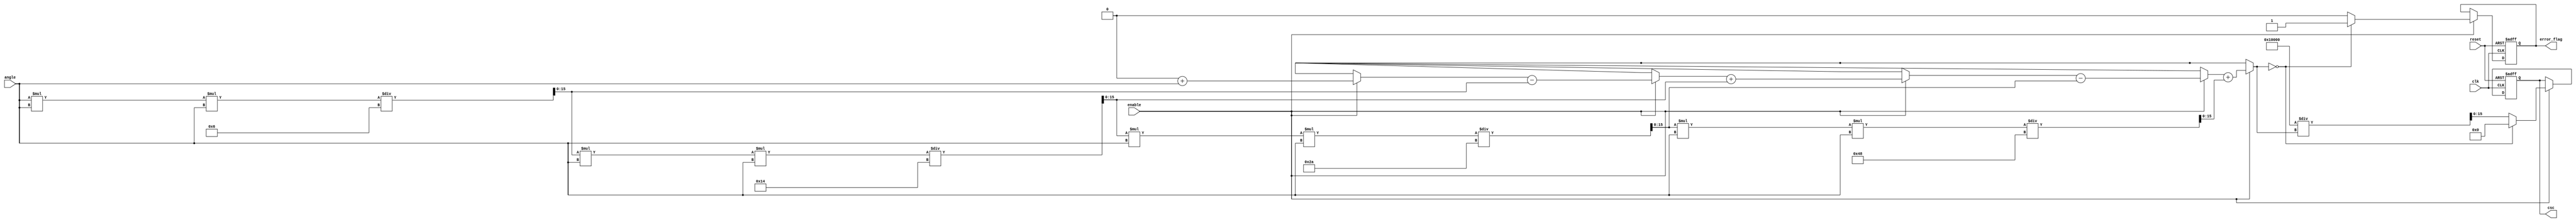
module csc_block #(
    parameter INPUT_WIDTH = 16,  // Width of input angle in fixed-point
    parameter OUTPUT_WIDTH = 16   // Width of output cosecant value
)(
    input wire clk,
    input wire reset,
    input wire enable,
    input wire signed [INPUT_WIDTH-1:0] angle,  // Input angle in radians
    output reg signed [OUTPUT_WIDTH-1:0] csc,    // Output cosecant value
    output reg error_flag                          // Error flag for division by zero
);

    // Internal signals
    reg signed [INPUT_WIDTH-1:0] sin_value;
    reg signed [OUTPUT_WIDTH-1:0] reciprocal;

    // Compute sine using Taylor series approximation
    function signed [INPUT_WIDTH-1:0] compute_sine;
        input signed [INPUT_WIDTH-1:0] x;
        reg signed [INPUT_WIDTH-1:0] term;
        reg signed [INPUT_WIDTH-1:0] sum;
        integer i;
        begin
            sum = 0;
            term = x; // First term is x
            for (i = 1; i <= 5; i = i + 1) begin // 5 terms for approximation
                if (i % 2 == 1) begin
                    sum = sum + term; // Add odd terms
                end else begin
                    sum = sum - term; // Subtract even terms
                end
                term = (term * x * x) / ((2 * i) * (2 * i + 1)); // Compute next term
            end
            compute_sine = sum;
        end
    endfunction

    // Main process
    always @(posedge clk or posedge reset) begin
        if (reset) begin
            csc <= 0;
            error_flag <= 0;
        end else if (enable) begin
            // Compute sine of the angle
            sin_value = compute_sine(angle);

            // Check for division by zero
            if (sin_value == 0) begin
                csc <= 0; // Set to zero or NaN, depending on requirements
                error_flag <= 1; // Set error flag
            end else begin
                error_flag <= 0; // Clear error flag
                reciprocal = (1 << OUTPUT_WIDTH) / sin_value; // Compute reciprocal
                csc <= reciprocal; // Assign cosecant value
            end
        end
    end

endmodule